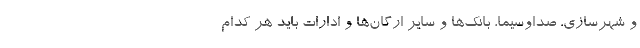
و شهرسازی، صداوسیما، بانک‌ها و سایر ارگان‌ها و ادارات باید هر کدام